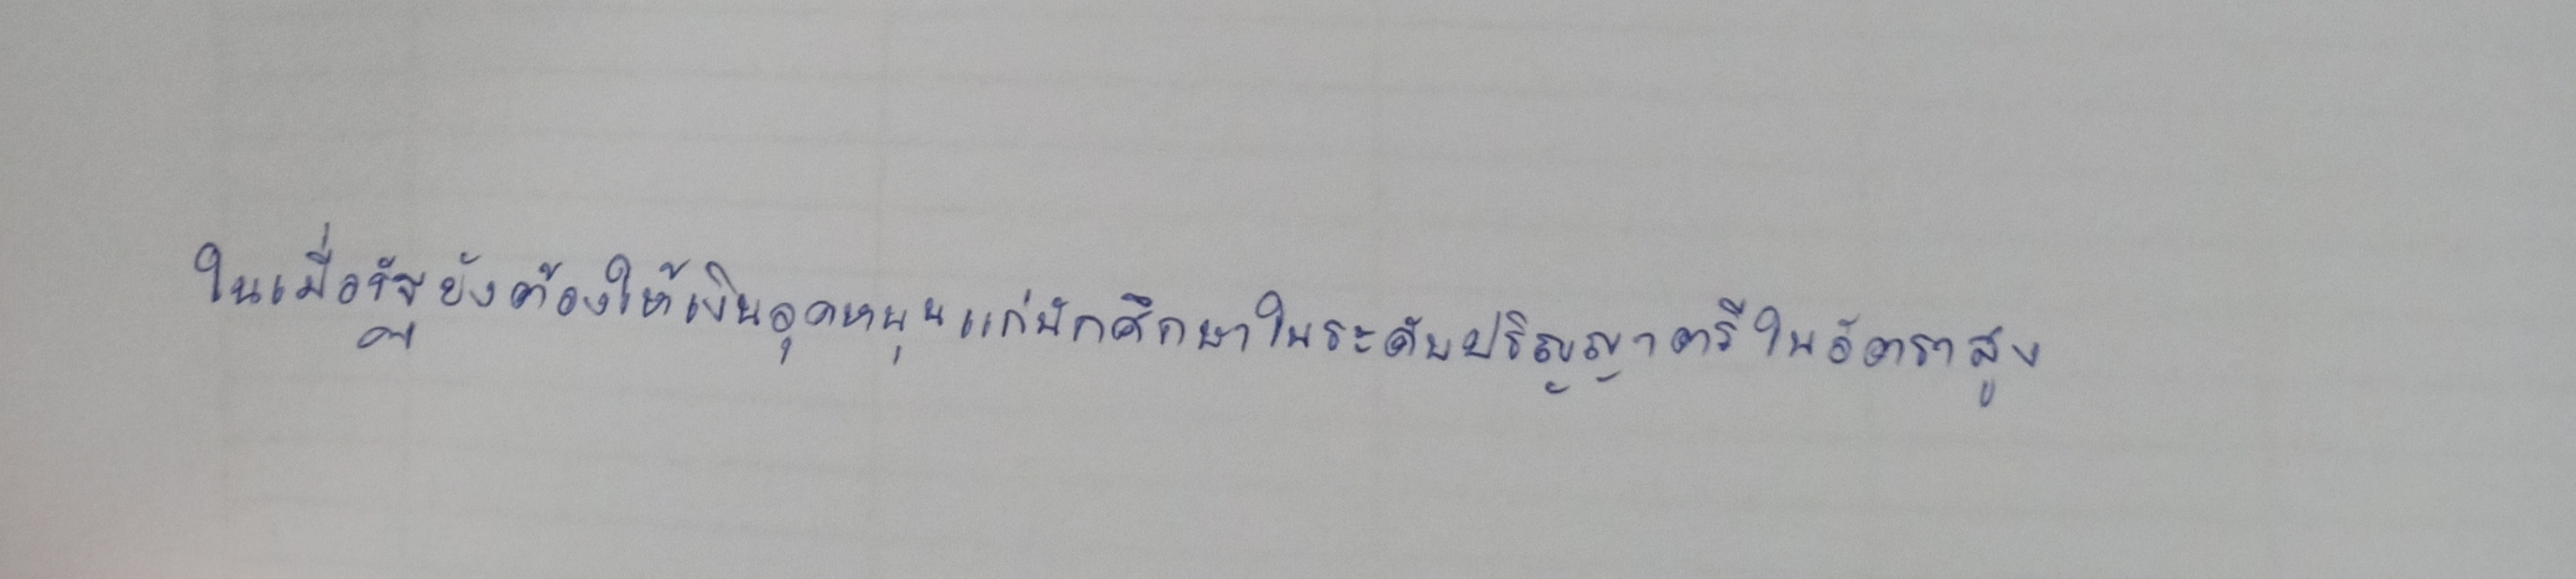
ในเมื่อรัฐยังต้องให้เงินอุดหนุนแก่นักศึกษาในระดับปริญญาตรีในอัตราสูง